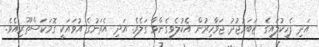
އަދި ފެހިކުލައިގެ ޒަބަރުޖުދު ޖަވާހިރުން އެކުލެވިގެންވާ ގަލެވެ. އަދި އެތަނުގެ އުވައަކީ ގޮމަކަސްތޫރިއެވެ.